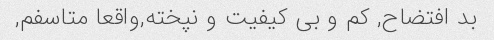
بد افتضاح, کم و بی کیفیت و نپخته,واقعا متاسفم,